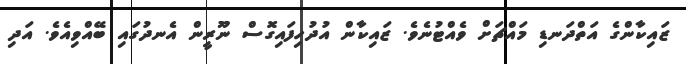
ޒައިކާންގެ އަތްދަނޑި މައްޗަށް ވެއްޓުނެވެ. ޒައިކާން އުދުހިފައިގޮސް ނޫރީން އެނދުގައި ބޭއްވިއެވެ. އަދި